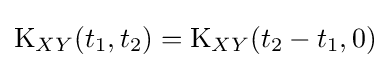
\operatorname {K} _{XY}(t_{1},t_{2})=\operatorname {K} _{XY}(t_{2}-t_{1},0)